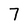
Character: 7